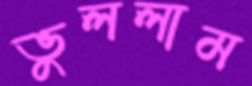
ভুললাম